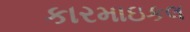
કારમાઇકલ